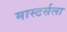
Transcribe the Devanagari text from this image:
मास्टर्सला